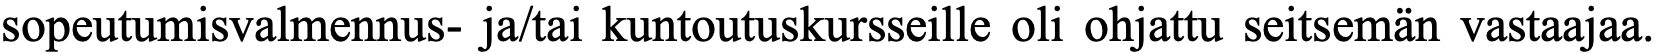
sopeutumisvalmennus- ja/tai kuntoutuskursseille oli ohjattu seitsemän vastaajaa.